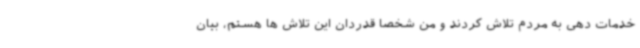
خدمات دهی به مردم تلاش کردند و من شخصا قدردان این تلاش ها هستم، بیان